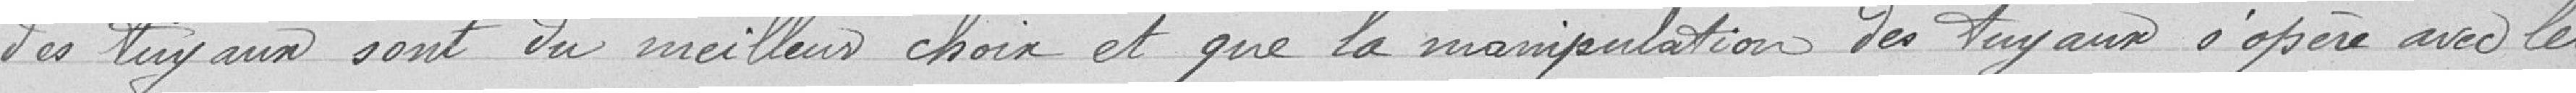
des tuyaux sont du meilleur choix et que la manipulation des tuyaux s'opère avec les